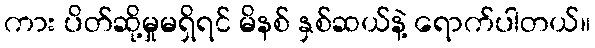
ကား ပိတ်ဆို့မှုမရှိရင် မိနစ် နှစ်ဆယ်နဲ့ ရောက်ပါတယ်။